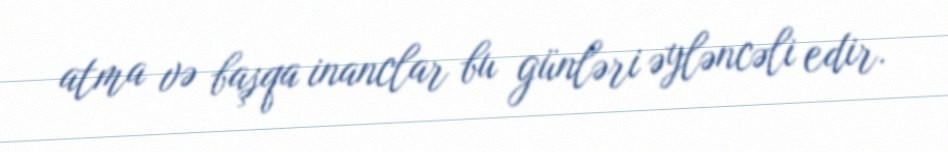
atma və başqa inanclar bu günləri əyləncəli edir.